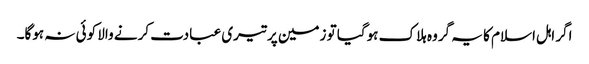
اگر اہل اسلام کا یہ گروہ ہلاک ہوگیا تو زمین پر تیری عبادت کرنے والا کوئی نہ ہوگا۔